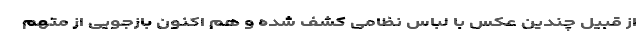
از قبیل چندین عکس با لباس نظامی کشف شده و هم اکنون بازجویی از متهم